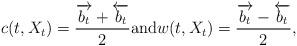
LaTeX: \begin{align*}c(t,X_t) = \frac{\overrightarrow{b_t} + \overleftarrow{b_t}}{2} \mbox{and} w(t,X_t) = \frac{\overrightarrow{b_t} - \overleftarrow{b_t}}{2}, \end{align*}